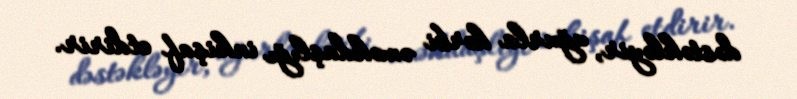
dəstəkləyir, uğurla hərbi əməkdaşlığı inkişaf etdirir.